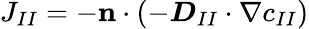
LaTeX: J_{II}=-\mathbf{n}\cdot\left(-\boldsymbol{D}_{II}\cdot\nabla c_{II}\right)